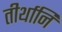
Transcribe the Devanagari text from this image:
तीर्थानि